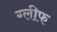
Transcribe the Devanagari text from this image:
ग्लीफ